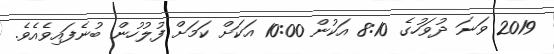
2019 ވަނަ ދުވަހުގެ 8:10 އަކުން 10:00 އަަކަށް ކަމަށް ފުލުހުން ބުނެފައިވެއެވެ.